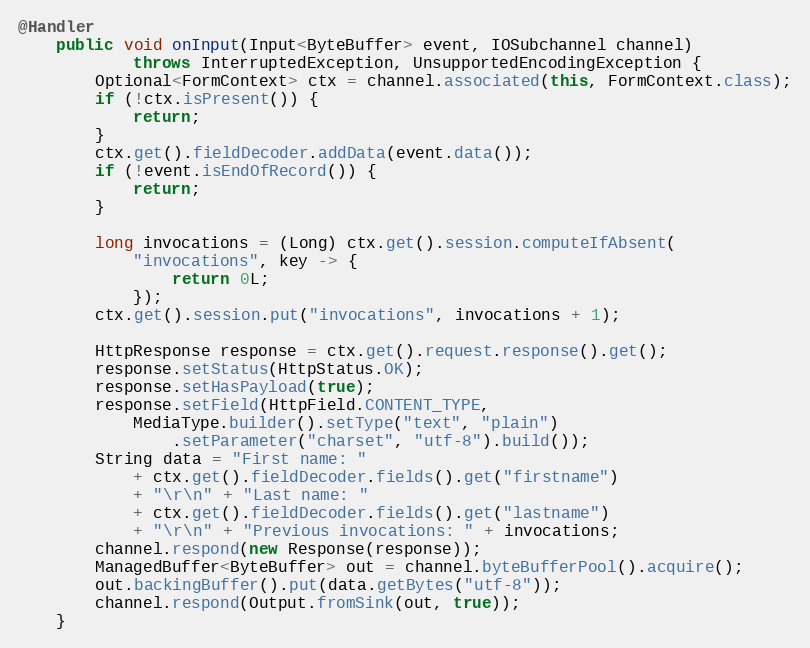
Language: Java
@Handler
    public void onInput(Input<ByteBuffer> event, IOSubchannel channel)
            throws InterruptedException, UnsupportedEncodingException {
        Optional<FormContext> ctx = channel.associated(this, FormContext.class);
        if (!ctx.isPresent()) {
            return;
        }
        ctx.get().fieldDecoder.addData(event.data());
        if (!event.isEndOfRecord()) {
            return;
        }

        long invocations = (Long) ctx.get().session.computeIfAbsent(
            "invocations", key -> {
                return 0L;
            });
        ctx.get().session.put("invocations", invocations + 1);

        HttpResponse response = ctx.get().request.response().get();
        response.setStatus(HttpStatus.OK);
        response.setHasPayload(true);
        response.setField(HttpField.CONTENT_TYPE,
            MediaType.builder().setType("text", "plain")
                .setParameter("charset", "utf-8").build());
        String data = "First name: "
            + ctx.get().fieldDecoder.fields().get("firstname")
            + "\r\n" + "Last name: "
            + ctx.get().fieldDecoder.fields().get("lastname")
            + "\r\n" + "Previous invocations: " + invocations;
        channel.respond(new Response(response));
        ManagedBuffer<ByteBuffer> out = channel.byteBufferPool().acquire();
        out.backingBuffer().put(data.getBytes("utf-8"));
        channel.respond(Output.fromSink(out, true));
    }